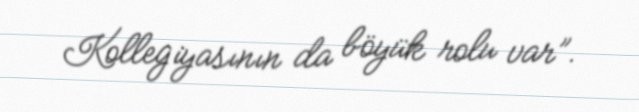
Kollegiyasının da böyük rolu var”.